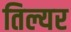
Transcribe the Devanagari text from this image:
तिल्यर